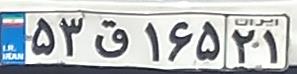
۵۳ق۱۶۵۲۱